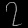
Digit: ၇